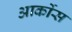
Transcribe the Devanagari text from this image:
आर्कोस